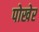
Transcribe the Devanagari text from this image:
पोखेर